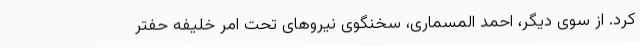
کرد. از سوی دیگر، احمد المسماری، سخنگوی نیروهای تحت امر خلیفه حفتر